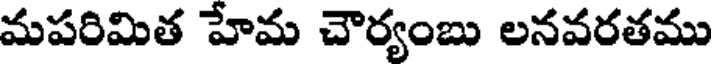
మపరిమిత హేమ చౌర్యంబు లనవరతము